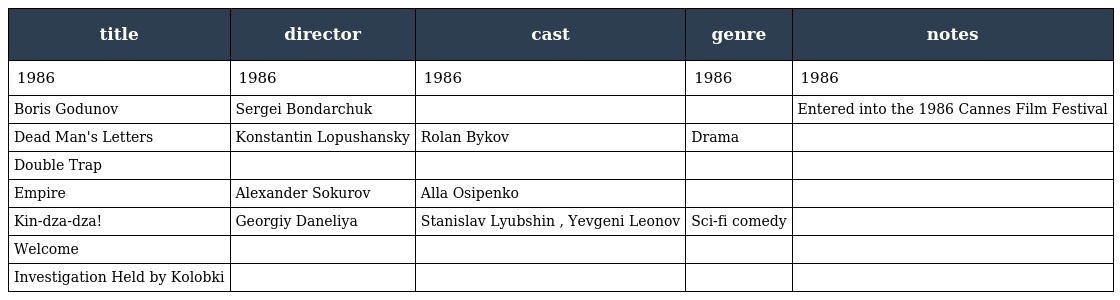
| title | director | cast | genre | notes |
 | --- | --- | --- | --- | --- |
 | 1986 | 1986 | 1986 | 1986 | 1986 |
 | Boris Godunov | Sergei Bondarchuk |  |  | Entered into the 1986 Cannes Film Festival |
 | Dead Man's Letters | Konstantin Lopushansky | Rolan Bykov | Drama |  |
 | Double Trap |  |  |  |  |
 | Empire | Alexander Sokurov | Alla Osipenko |  |  |
 | Kin-dza-dza! | Georgiy Daneliya | Stanislav Lyubshin , Yevgeni Leonov | Sci-fi comedy |  |
 | Welcome |  |  |  |  |
 | Investigation Held by Kolobki |  |  |  |  |